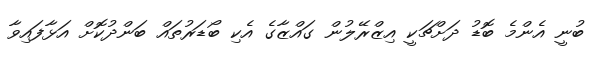
ބުނީ އެންމެ ބޮޑު ދަށްޗަކީ އިޒްރޭލުން ގައްޒާގެ އެކި ބޯޑަރުތައް ބަންދުކޮށް އަޅާފައިވާ